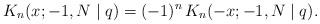
LaTeX: \begin{align*}K_n(x;-1,N\mid q)=(-1)^n\,K_n(-x;-1,N\mid q).\end{align*}